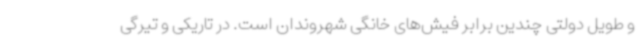
و طویل دولتی چندین برابر فیش‌های خانگی شهروندان است. در تاریکی و تیرگی